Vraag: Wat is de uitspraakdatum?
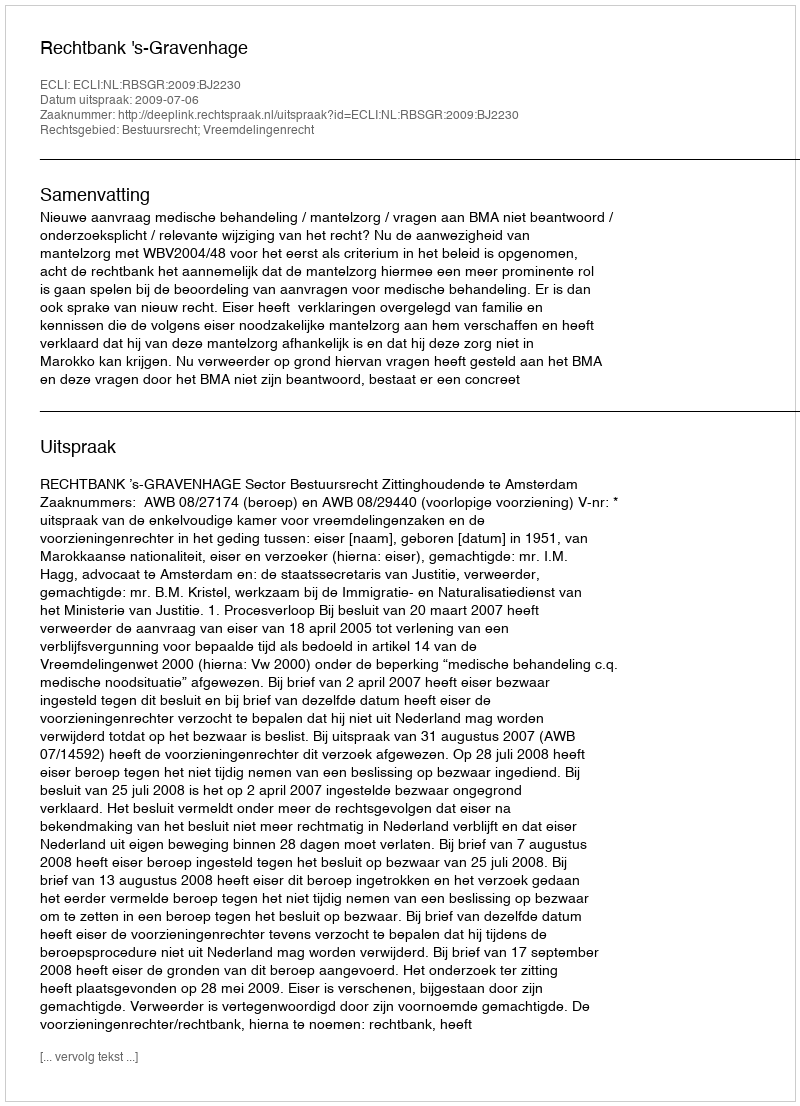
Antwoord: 2009-07-06